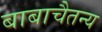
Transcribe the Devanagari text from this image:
बाबाचैतन्य